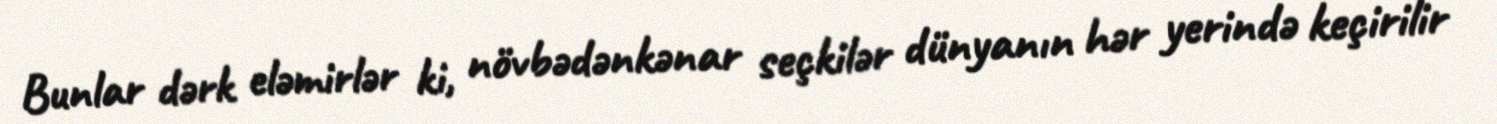
Bunlar dərk eləmirlər ki, növbədənkənar seçkilər dünyanın hər yerində keçirilir